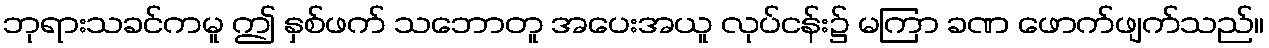
ဘုရားသခင်ကမူ ဤ နှစ်ဖက် သဘောတူ အပေးအယူ လုပ်ငန်း၌ မကြာ ခဏ ဖောက်ဖျက်သည်။